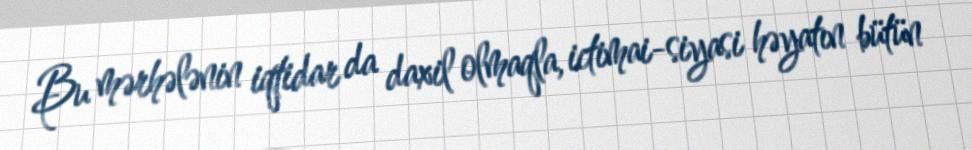
Bu mərhələnin iqtidar da daxil olmaqla, ictimai-siyasi həyatın bütün